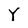
Character: Y